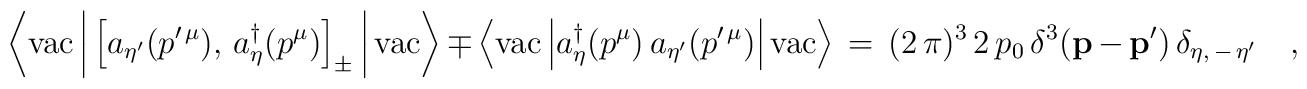
\left\langle\mbox{vac}\left\vert\,\left[a_{\eta^\prime}( p^{\prime\,\mu}),\,a^\dagger_\eta(p^\mu)\right]_\pm\,\right\vert\mbox{vac}\right\rangle \,\mp\,\left\langle\mbox{vac}\left\vert a^\dagger_\eta(p^\mu)\, a_{\eta^\prime}(p^{\prime\,\mu})\right\vert\mbox{vac}\right\rangle \,=\, (2\,\pi)^3 \,2\,p_0\,\delta^3({\bf p}\,-\,{\bf p}^\prime)\,\delta_{\eta,\,-\,\eta^\prime}\quad,